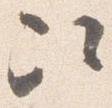
次